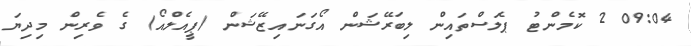
09:04 2 ކޮމެންޓު ޕެލަސްތައިން ލިބަރޭޝަން އޯގަނައިޒޭޝަން (ޕީއެލްއޯ) ގެ ވެރިން މިދިޔަ